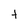
Character: t